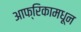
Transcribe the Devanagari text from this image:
आफ्रिकामधून